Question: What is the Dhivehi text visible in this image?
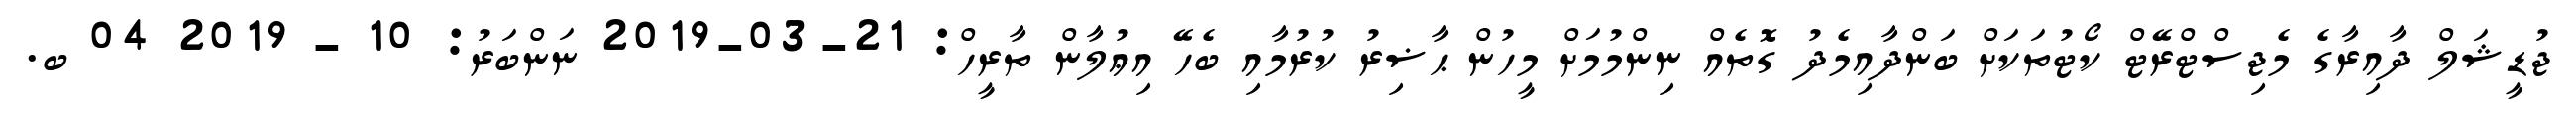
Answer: ޖުޑީޝަލް ދާއިރާގެ މެޖިސްޓްރޭޓް ކޯޓުތަކަށް ބަންދާއިމެދު ގޮތެއް ނިންމުމަށް މީހުން ޙާޟިރު ކުރުމާއި ބެހޭ އިޢުލާން ތާރީހް: 21-03-2019 ނަންބަރު: 10 - 2019 04 ބ.